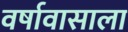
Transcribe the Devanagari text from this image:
वर्षावासाला